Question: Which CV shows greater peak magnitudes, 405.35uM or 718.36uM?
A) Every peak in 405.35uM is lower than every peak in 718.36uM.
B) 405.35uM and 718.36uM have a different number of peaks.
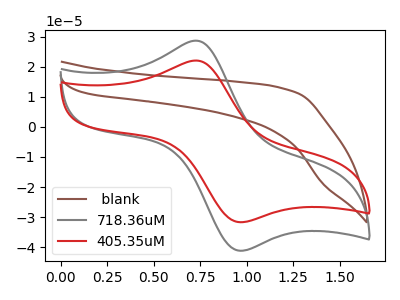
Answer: <think>The brown curve " blank" has no peaks. The gray curve "718.36uM" has an anodic peak at (0.75V, 28.65uA) and a cathodic peak at (0.95V, -41.20uA). The red curve "405.35uM" has an anodic peak at (0.75V, 22.05uA) and a cathodic peak at (0.95V, -31.70uA).</think>
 <answer>A) Every peak in "405.35uM" is lower than every peak in "718.36uM".</answer>
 <eval>A</eval>